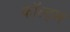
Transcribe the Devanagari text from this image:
कॉल्ट्स